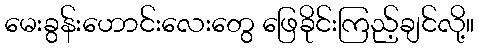
မေးခွန်းဟောင်းလေးတွေ ဖြေခိုင်းကြည့်ချင်လို့။